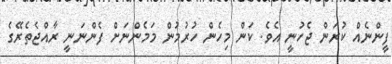
ފީންނެއް ކުރަން ޖެހުނީ އެވެ. ކަން މިހެން ހުރުމުން މަމެންނަށް ފެންނަނީ ރާއްޖެތެރޭގެ